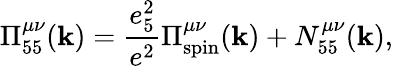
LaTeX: \Pi_{55}^{\mu\nu}(\mathbf{k})={\frac{{e_{5}^{2}}}{{e^{2}}}}\Pi_{\mathrm{{spin}}}^{\mu\nu}(\mathbf{k})+N_{55}^{\mu\nu}(\mathbf{k}),